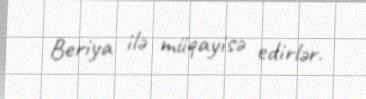
Beriya ilə müqayisə edirlər.